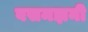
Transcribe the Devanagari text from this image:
बसमझनी